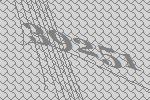
39251